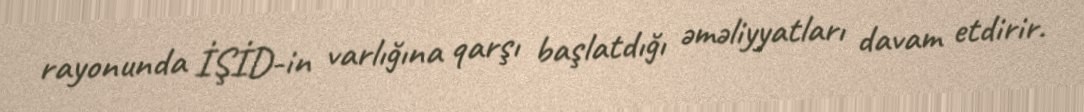
rayonunda İŞİD-in varlığına qarşı başlatdığı əməliyyatları davam etdirir.